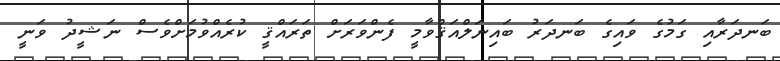
ބަނދަރާއި ގަމުގެ ވައިގެ ބަނދަރު ބައިނަލްއަޤްވާމީ ފެންވަރަށް ތަރައްޤީ ކުރެއްވުމަށްވެސް ނަޝީދު ވަނީ